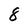
Character: 8